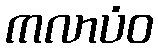
ကလာပံဝ